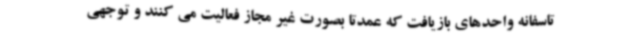
تاسفانه واحدهای بازیافت که عمدتا بصورت غیر مجاز فعالیت می کنند و توجهی